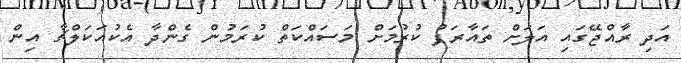
އަދި ރާއްޖޭގައި އަލަށް ތައާރަފު ކުރުމަށް މަސައްކަތް ކުރަމުން ގެންދާ އެކުއަކަލްޗާ އިން